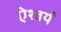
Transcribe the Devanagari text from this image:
ऐश्वर्यं